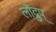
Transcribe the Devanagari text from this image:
लौद्रुप्